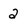
Character: 2